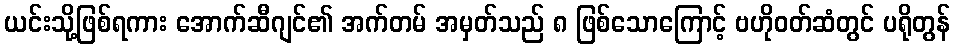
ယင်းသို့ဖြစ်ရကား အောက်ဆီဂျင်၏ အက်တမ် အမှတ်သည် ၈ ဖြစ်သောကြောင့် ဗဟိုဝတ်ဆံတွင် ပရိုတွန်